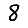
Digit: 8